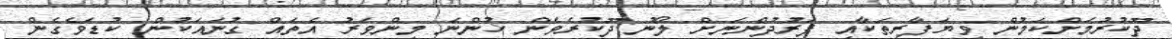
ދޫކުރުމަށްކަމުން ވިޔަފާރިތަކާއި ފަރުދުންނަށް ލޯނު ދޫކުރެވެން ހުންނަ މިންވަރު އެތައް ގުނައަކުން ކުޑަވެގެން